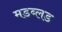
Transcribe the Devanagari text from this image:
मडब्लड